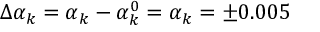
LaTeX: \Delta { \alpha } _ { k } = { \alpha } _ { k } - { \alpha } _ { k } ^ { 0 } = { \alpha } _ { k } = \pm 0 . 0 0 5